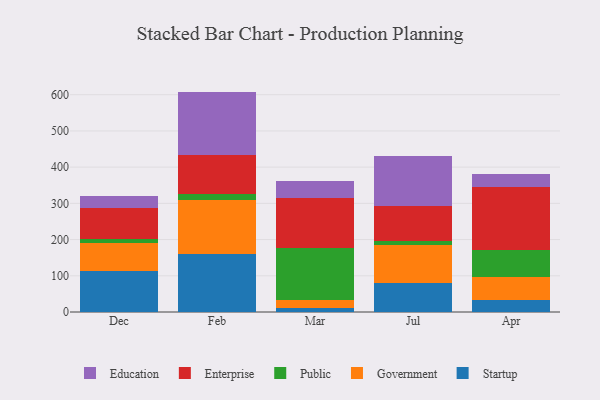
{"axis": {"x": "Month", "y": "Page Views"}, "legend": ["Education", "Enterprise", "Government", "Public", "Startup"], "data": [{"x": "Dec", "y": 114.1, "type": "Startup"}, {"x": "Dec", "y": 75.9, "type": "Government"}, {"x": "Dec", "y": 10.6, "type": "Public"}, {"x": "Dec", "y": 86.6, "type": "Enterprise"}, {"x": "Dec", "y": 32.4, "type": "Education"}, {"x": "Feb", "y": 161.2, "type": "Startup"}, {"x": "Feb", "y": 147.6, "type": "Government"}, {"x": "Feb", "y": 17.1, "type": "Public"}, {"x": "Feb", "y": 106.9, "type": "Enterprise"}, {"x": "Feb", "y": 175.8, "type": "Education"}, {"x": "Mar", "y": 10.3, "type": "Startup"}, {"x": "Mar", "y": 23.7, "type": "Government"}, {"x": "Mar", "y": 141.4, "type": "Public"}, {"x": "Mar", "y": 140.5, "type": "Enterprise"}, {"x": "Mar", "y": 46.8, "type": "Education"}, {"x": "Jul", "y": 79.6, "type": "Startup"}, {"x": "Jul", "y": 105.1, "type": "Government"}, {"x": "Jul", "y": 12.3, "type": "Public"}, {"x": "Jul", "y": 97.0, "type": "Enterprise"}, {"x": "Jul", "y": 135.7, "type": "Education"}, {"x": "Apr", "y": 32.6, "type": "Startup"}, {"x": "Apr", "y": 63.0, "type": "Government"}, {"x": "Apr", "y": 75.8, "type": "Public"}, {"x": "Apr", "y": 174.1, "type": "Enterprise"}, {"x": "Apr", "y": 35.0, "type": "Education"}]}